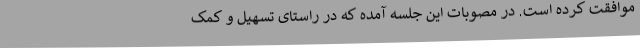
موافقت کرده است. در مصوبات این جلسه آمده که در راستای تسهیل و کمک